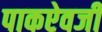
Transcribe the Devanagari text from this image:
पाकऐवजी